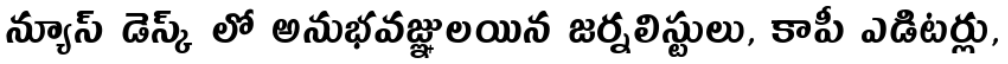
న్యూస్ డెస్క్ లో అనుభవజ్ఞులయిన జర్నలిస్టులు, కాపీ ఎడిటర్లు,